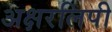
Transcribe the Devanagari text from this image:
अक्षरलिपी